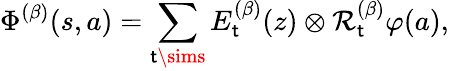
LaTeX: \Phi^{(\beta)}(s,a)=\sum_{\mathsf{t}\sims}E_{\mathsf{t}}^{(\beta)}(z)\otimes\mathcal{R}_{\mathsf{t}}^{(\beta)}\varphi(a),